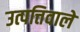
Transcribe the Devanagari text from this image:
उत्पत्तिवाले